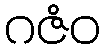
ဂဇံဝ